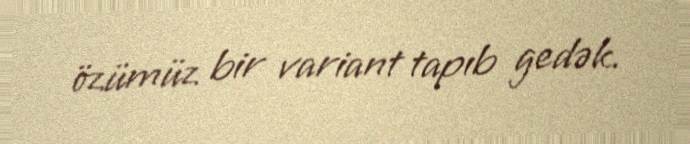
özümüz bir variant tapıb gedək.